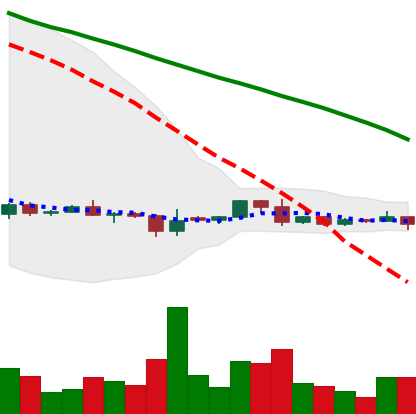
Ticker: DOGE-USD
Chart end date: 2022-06-07
Forward return: -20.092%
Label: down_7plus